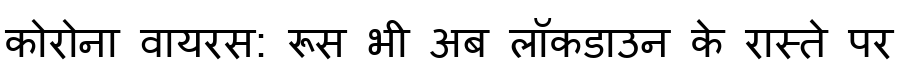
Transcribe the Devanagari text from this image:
कोरोना वायरस: रूस भी अब लॉकडाउन के रास्ते पर